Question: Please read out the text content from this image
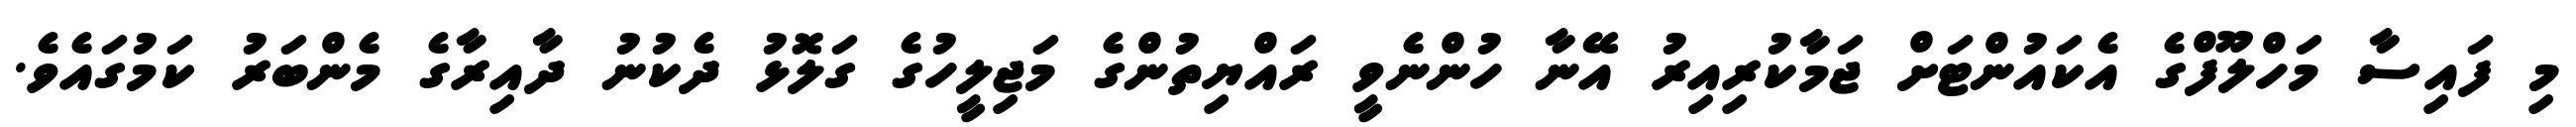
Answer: މި ފައިސާ މަހްލޫފްގެ އެކައުންޓަށް ޖަމާކުރިއިރު އޭނާ ހުންނެވީ ރައްޔިތުންގެ މަޖިލީހުގެ ގަލޮޅު ދެކުނު ދާއިރާގެ މެންބަރު ކަމުގައެވެ.